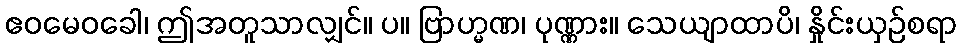
ဧဝမေဝခေါ၊ ဤအတူသာလျှင်။ ပ။ ဗြာဟ္မဏ၊ ပုဏ္ဏား။ သေယျာထာပိ၊ နှိုင်းယှဉ်စရာ